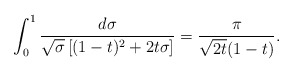
\begin{align*}\int_0^1\frac{d\sigma}{\sqrt{\sigma}\left[(1-t)^2+2t\sigma\right]}=\frac{\pi}{\sqrt{2t}(1-t)}.\end{align*}